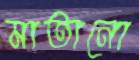
মাতানো